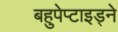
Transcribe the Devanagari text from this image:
बहुपेप्टाइड्ने